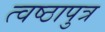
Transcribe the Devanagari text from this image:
त्वष्ठापुत्र